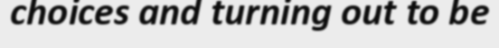
choices and turning out to be